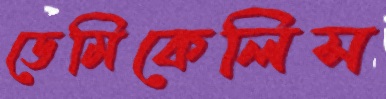
ডেমিকেলিস